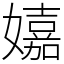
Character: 𡣗